Jaan_Tonisson_(Lasteleht), lk 279
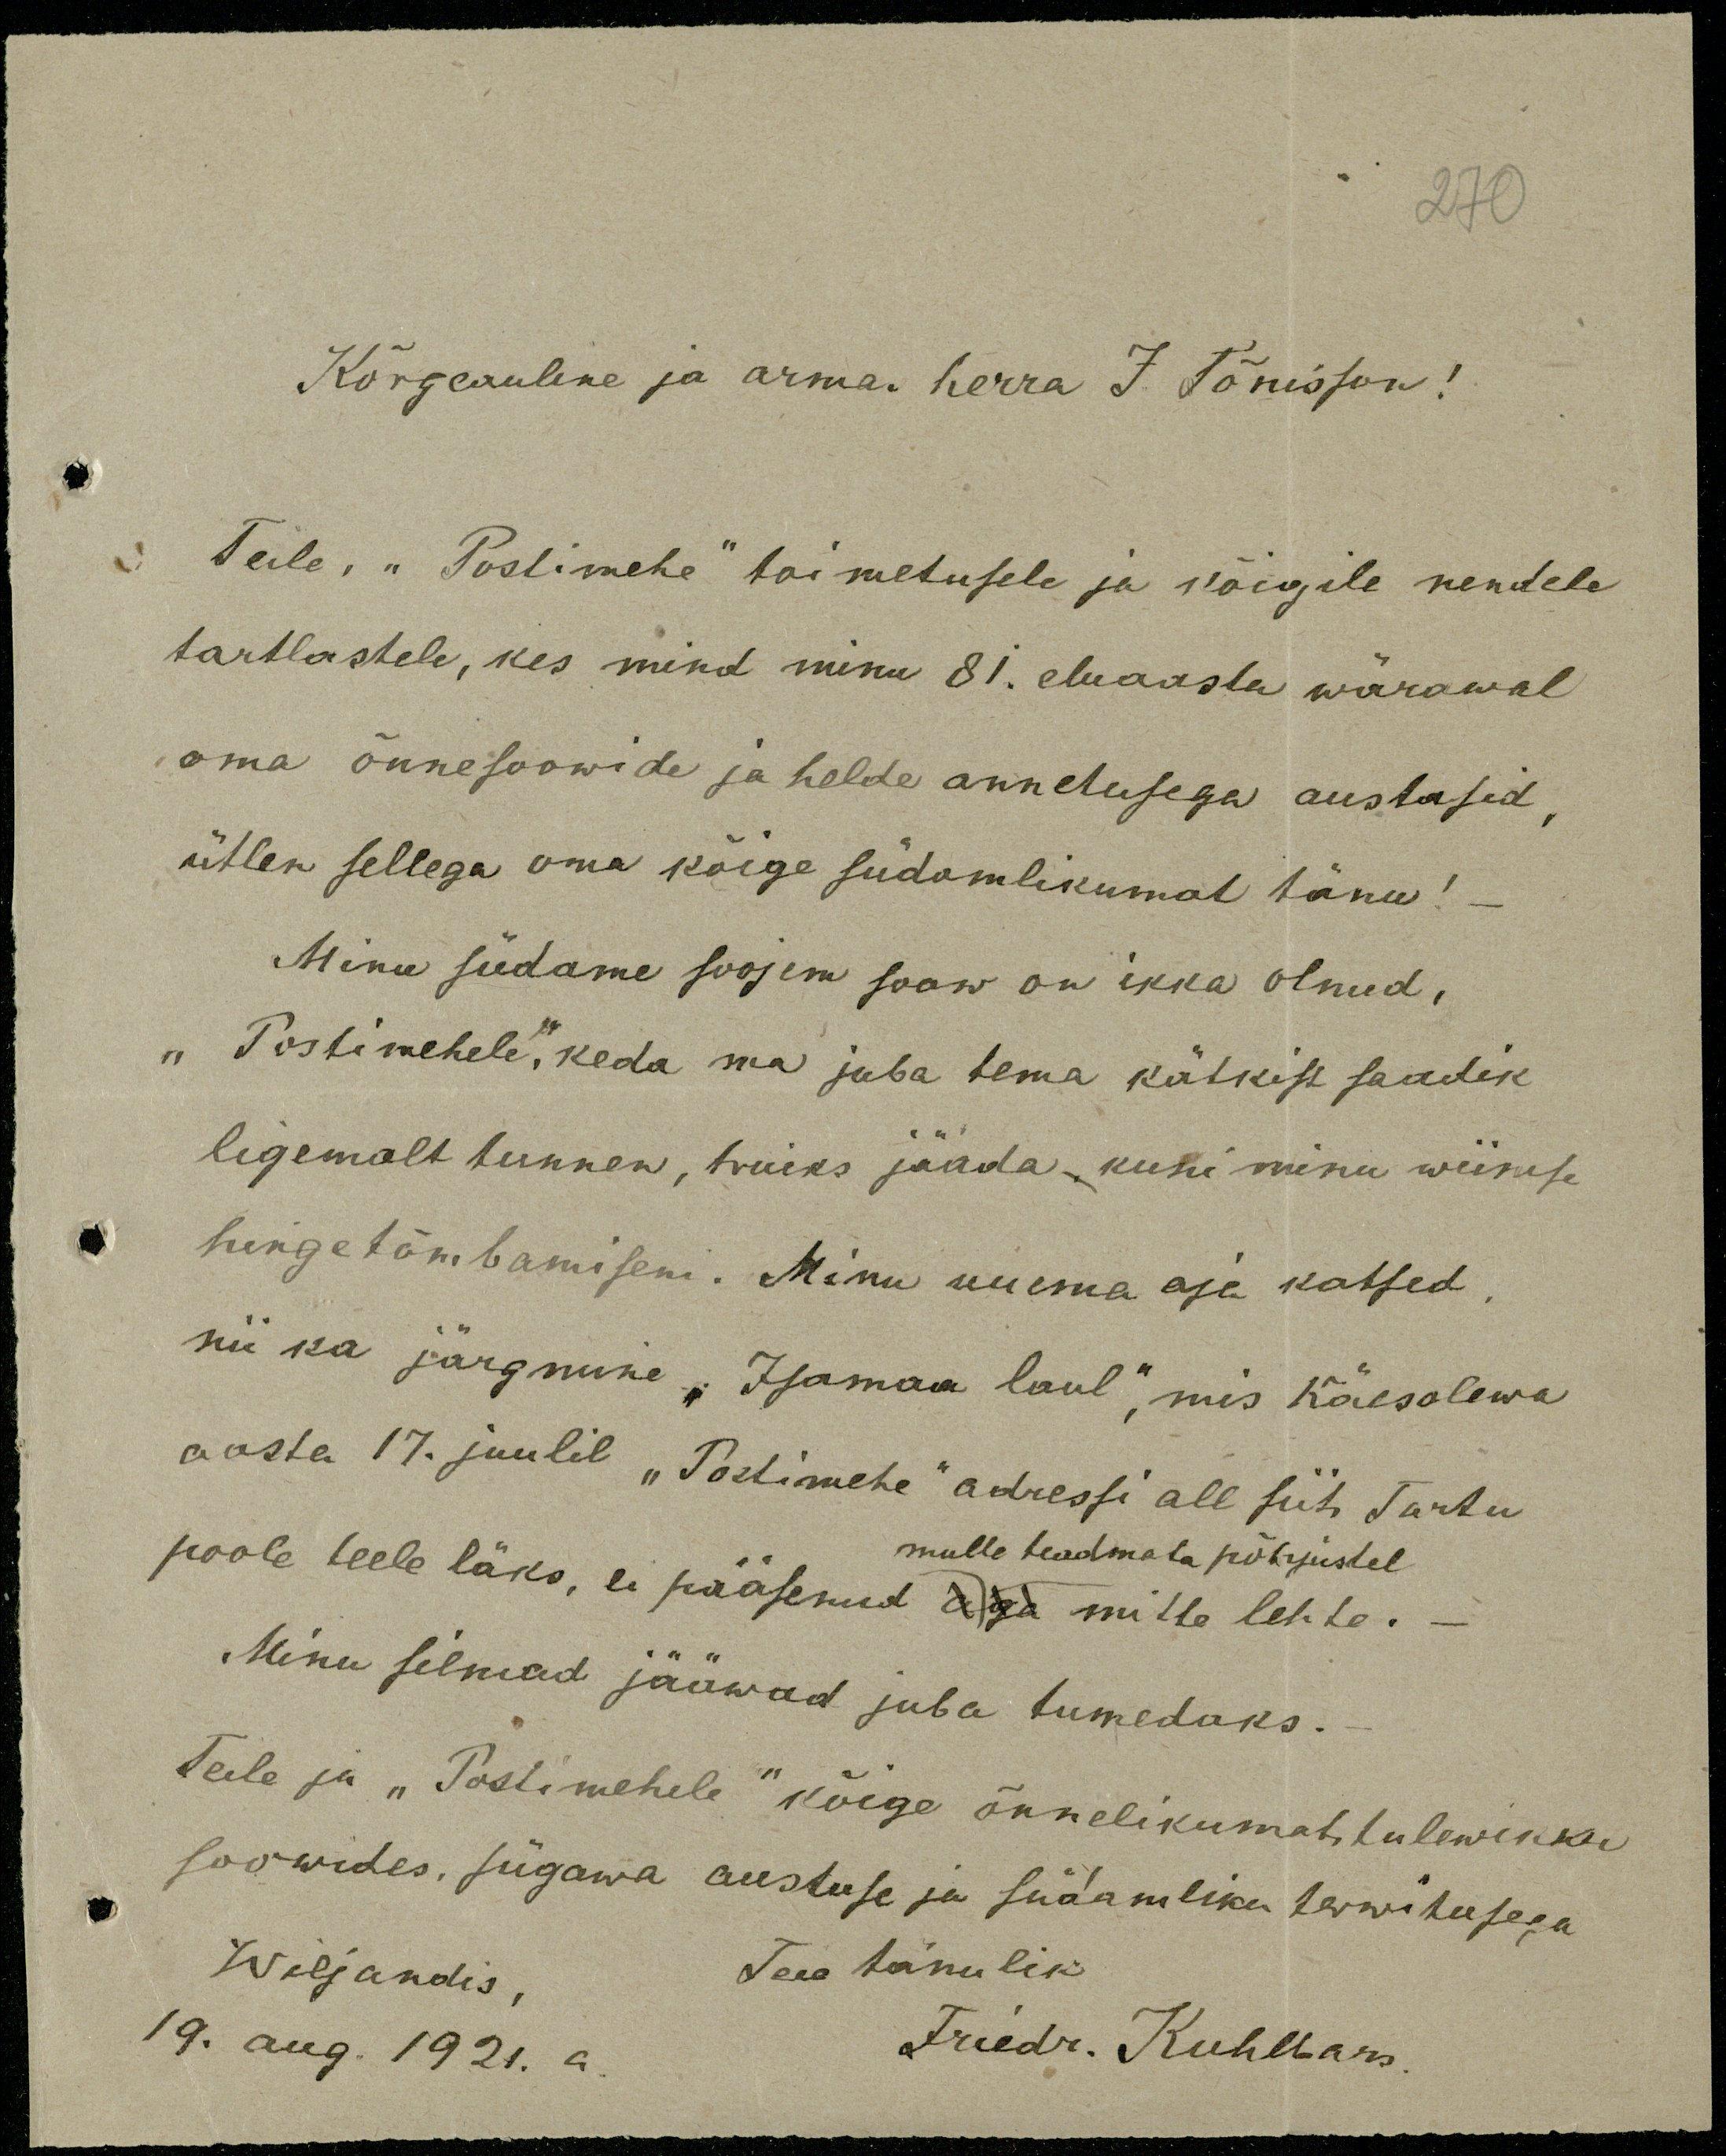
270

Kõrgeauline ja armas herra J. Tõnisson!
Teile, "Postimehe" toimetusele ja kõigile nendele
tartlastele, kes mind minu 81. eluaasta wärawal
oma õnnesoowide ja helde annetusega austasid,
ütlen sellega oma kõige südamlikumat tänu!
Minu südame soojem soow on ikka olnud,
"Postimehele", keda ma juba tema kätkist saadik
ligemalt tunnen, truiks jääda, kuni minu wiimse
hingetõmbamiseni. Minu uuema aja katsed
nii ka järgmine "Isamaa laul", mis käesolewa
aasta 17. juulil "Postimehe" adressi all siit Tartu
mulle teadmata põhjustel
poole teele läks, ei pääsenud  mitte lehte.
Minu silmad jääwad juba tumedaks.
Teile ja "Postimehele" kõige õnnelikumat tulewikku
soowides, sügawa austuse ja südamliku terwitusega
Wiljandis,
Teie tänulik
19. aug. 1921. a.
Friedr. Kuhlbars